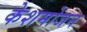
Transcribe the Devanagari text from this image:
केशमोजन